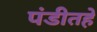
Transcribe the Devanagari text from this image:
पंडीतहे